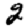
Digit: 2